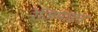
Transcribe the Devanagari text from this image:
रेजिमाइन